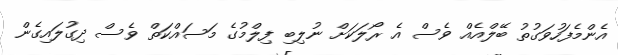
އެންމެފަހުވަގުތު ބޭލްއެއް ވެސް އެ ރޯލަކަށް ނުލިބި ފިލްމުގެ މަސައްކަތް ވެސް ދިގުލައިގެން